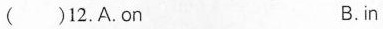
( )12.A.on B. in